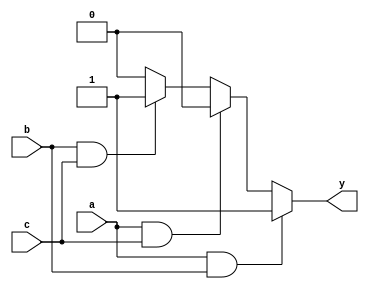
module multiple_if_else (
    input wire a,
    input wire b,
    input wire c,
    output reg y
);

always @* begin
    if (a && b) begin
        y = 1;
    end else if (a && c) begin
        y = 2;
    end else if (b && c) begin
        y = 3;
    end else begin
        y = 0;
    end
end

endmodule